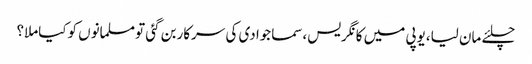
چلئے مان لیا،یوپی میں کانگریس،سماجوادی کی سرکاربن گئی تومسلمانوں کوکیاملا؟